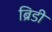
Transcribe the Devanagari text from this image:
ब्रिडी